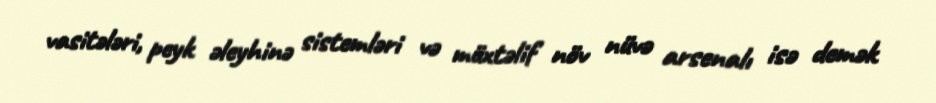
vasitələri, peyk əleyhinə sistemləri və müxtəlif növ nüvə arsenalı isə demək